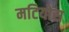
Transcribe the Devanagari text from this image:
मटियोस